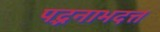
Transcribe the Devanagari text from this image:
पद्भनाभदत्त